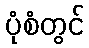
ပုံစံတွင်